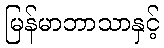
မြန်မာဘာသာနှင့်